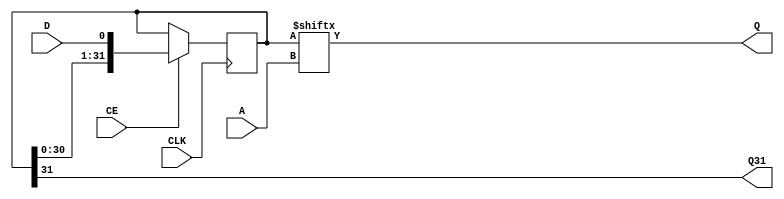
// $Header: /devl/xcs/repo/env/Databases/CAEInterfaces/xec_libs/data/unisims/SRLC32E.v,v 1.1 2007/05/02 17:37:39 vandanad Exp $
/*

FUNCTION	: 32-Bit Shift Register Look-Up-Table with Carry and Clock Enable

*/

`timescale  100 ps / 10 ps

module SRLC32E (Q, Q31, A, CE, CLK, D);

    parameter INIT = 32'h00000000;

    output Q;
    output Q31;

    input  [4:0] A;
    input  CE, CLK, D;

    reg  [31:0] data;
    reg  [6:0]  count;
    wire [4:0]  addr;

    
    buf b_a4 (addr[4], A[4]);
    buf b_a3 (addr[3], A[3]);
    buf b_a2 (addr[2], A[2]);
    buf b_a1 (addr[1], A[1]);
    buf b_a0 (addr[0], A[0]);



    assign  Q = data[addr];
    assign  Q31 = data[31];

    // synopsys translate_off
    initial begin
	for (count = 0; count < 32; count = count + 1)
	    data[count] <= INIT[count];
    end
   // synopsys translate_on

    always @(posedge CLK)
	if (CE == 1'b1) 
	    data <=  {data[30:0], D};


endmodule